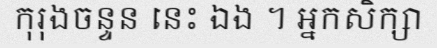
កុរុងចន្ទន នេះ ឯង ។ អ្នកសិក្សា